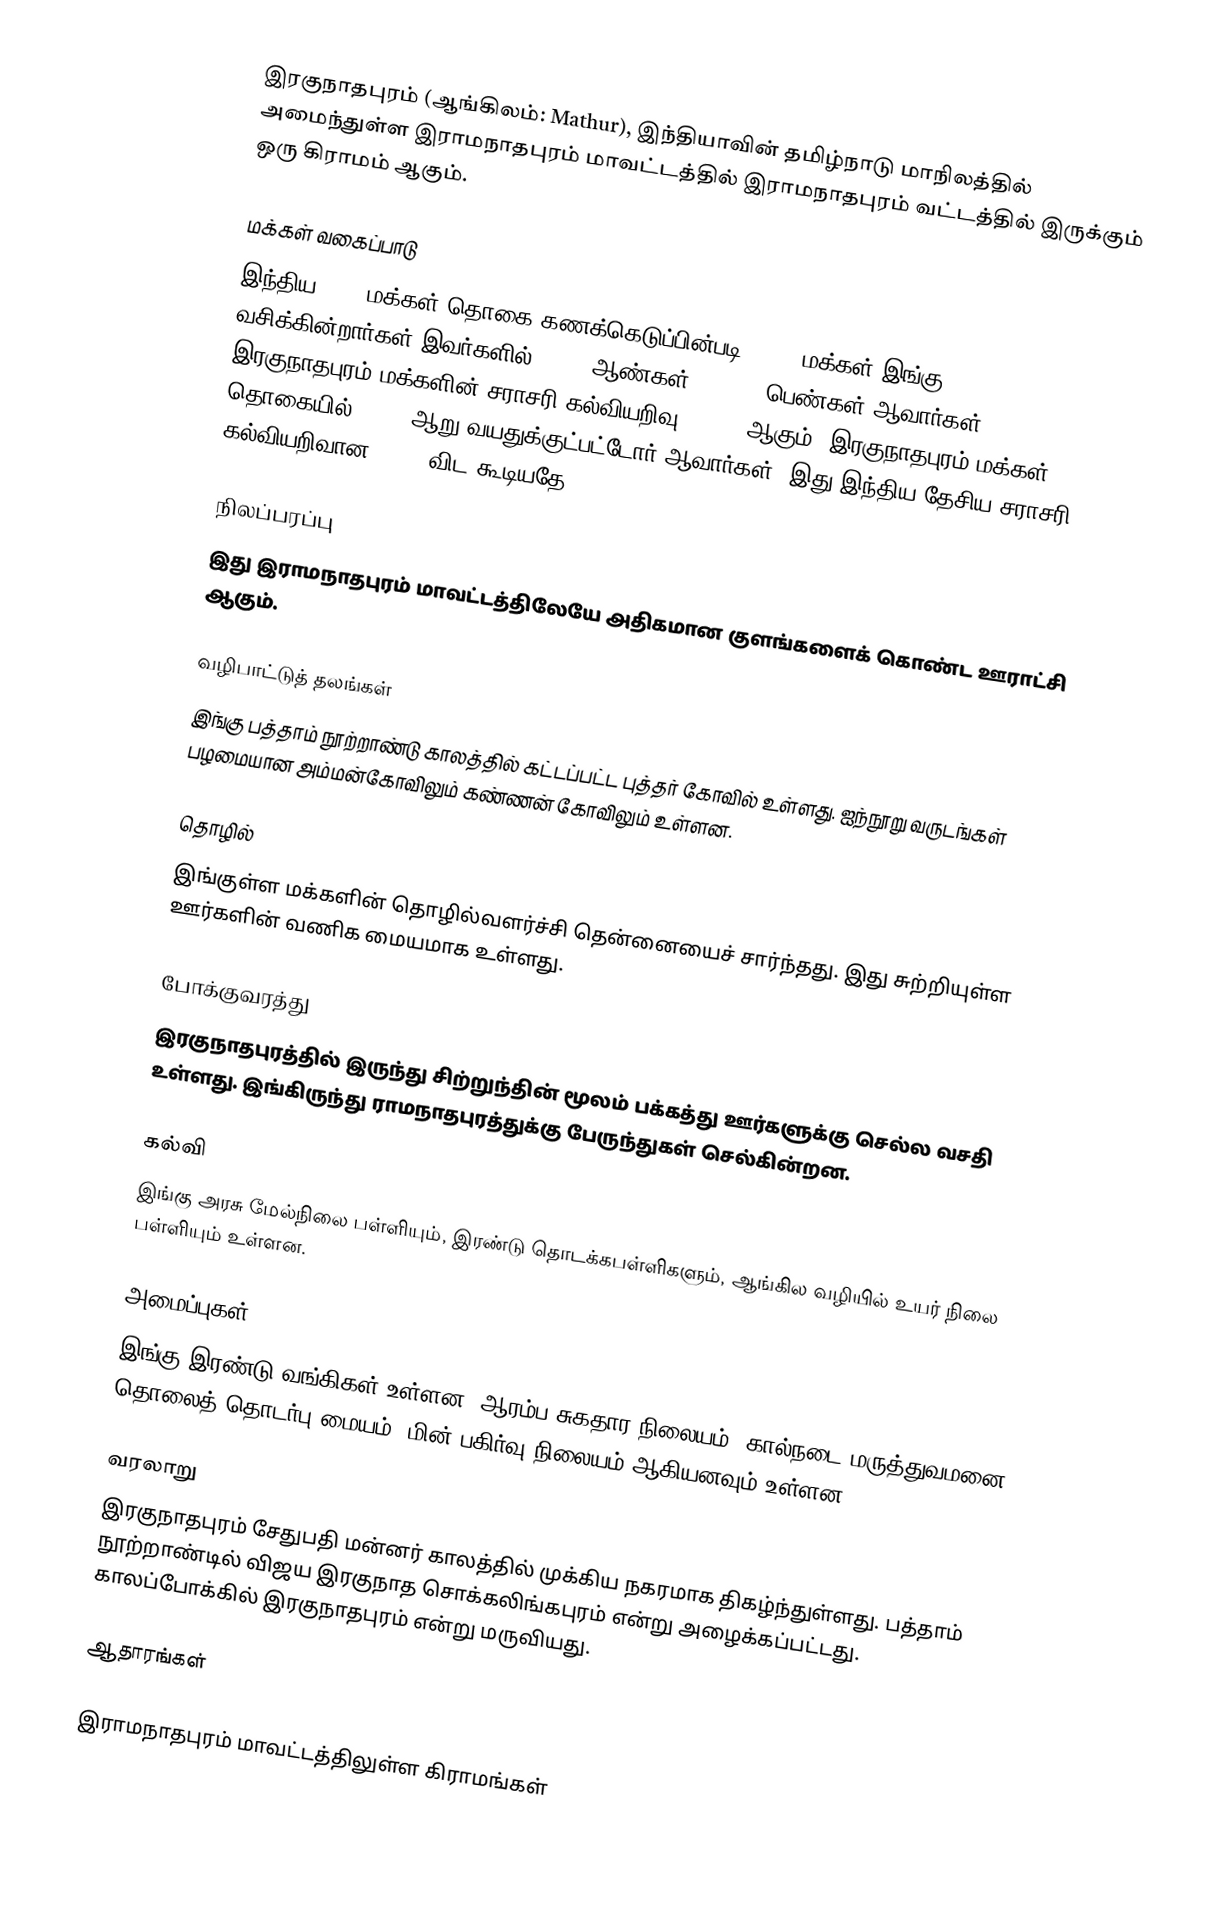
இரகுநாதபுரம்  (ஆங்கிலம்: Mathur), இந்தியாவின் தமிழ்நாடு மாநிலத்தில் அமைந்துள்ள  இராமநாதபுரம் மாவட்டத்தில்  இராமநாதபுரம் வட்டத்தில் இருக்கும்  ஒரு கிராமம்  ஆகும்.

மக்கள் வகைப்பாடு
இந்திய 2001 மக்கள் தொகை கணக்கெடுப்பின்படி 6,410 மக்கள் இங்கு வசிக்கின்றார்கள்.இவர்களில் 4,523 ஆண்கள், 5,5025 பெண்கள் ஆவார்கள். இரகுநாதபுரம் மக்களின் சராசரி கல்வியறிவு 85.55% ஆகும். இரகுநாதபுரம் மக்கள் தொகையில் 12.6% ஆறு வயதுக்குட்பட்டோர் ஆவார்கள்.  இது இந்திய தேசிய சராசரி கல்வியறிவான 59.5% விட கூடியதே.

நிலப்பரப்பு
இது இராமநாதபுரம் மாவட்டத்திலேயே அதிகமான குளங்களைக் கொண்ட ஊராட்சி ஆகும்.

வழிபாட்டுத் தலங்கள்
இங்கு பத்தாம் நூற்றாண்டு காலத்தில் கட்டப்பட்ட புத்தர் கோவில் உள்ளது. ஐந்நூறு வருடங்கள் பழமையான அம்மன்கோவிலும் கண்ணன் கோவிலும் உள்ளன.

தொழில்
இங்குள்ள மக்களின் தொழில்வளர்ச்சி தென்னையைச் சார்ந்தது. இது சுற்றியுள்ள ஊர்களின் வணிக மையமாக உள்ளது.

போக்குவரத்து
இரகுநாதபுரத்தில் இருந்து சிற்றுந்தின் மூலம் பக்கத்து ஊர்களுக்கு செல்ல வசதி உள்ளது. இங்கிருந்து ராமநாதபுரத்துக்கு பேருந்துகள் செல்கின்றன.

கல்வி
இங்கு அரசு மேல்நிலை பள்ளியும், இரண்டு தொடக்கபள்ளிகளும், ஆங்கில வழியில் உயர் நிலை பள்ளியும் உள்ளன.

அமைப்புகள்
இங்கு இரண்டு வங்கிகள் உள்ளன. ஆரம்ப சுகதார நிலையம், கால்நடை மருத்துவமனை, தொலைத் தொடர்பு மையம், மின் பகிர்வு நிலையம் ஆகியனவும் உள்ளன.

வரலாறு
இரகுநாதபுரம் சேதுபதி மன்னர் காலத்தில் முக்கிய நகரமாக திகழ்ந்துள்ளது. பத்தாம் நூற்றாண்டில் விஜய இரகுநாத சொக்கலிங்கபுரம் என்று அழைக்கப்பட்டது. காலப்போக்கில் இரகுநாதபுரம் என்று மருவியது.

ஆதாரங்கள்

இராமநாதபுரம் மாவட்டத்திலுள்ள கிராமங்கள்